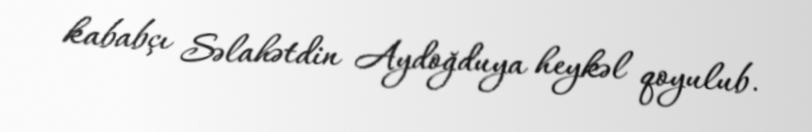
kababçı Səlahətdin Aydoğduya heykəl qoyulub.